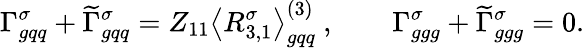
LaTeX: \Gamma_{gqq}^{\sigma}+\widetilde{\Gamma}_{gqq}^{\sigma}=Z_{11}\left\langle R_{3,1}^{\sigma}\right\rangle_{gqq}^{(3)}\ ,\qquad\Gamma_{ggg}^{\sigma}+\widetilde{\Gamma}_{ggg}^{\sigma}=0.